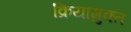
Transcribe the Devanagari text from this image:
क्रियामुक्त